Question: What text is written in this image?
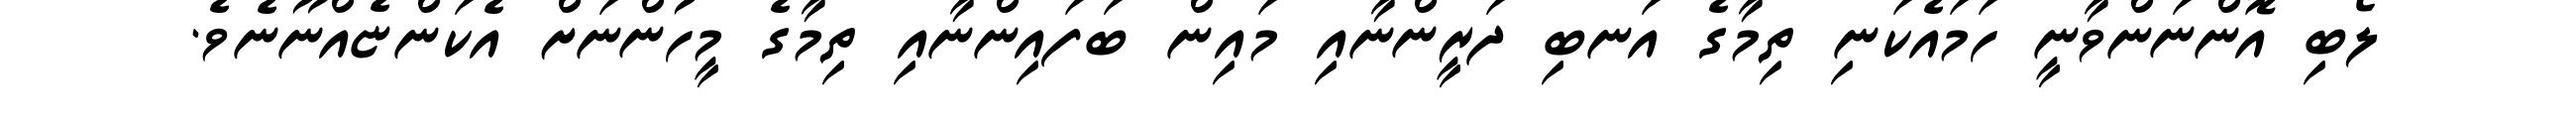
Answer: ލޯބި އޮންނަންވާނީ ހަމައެކަނި ތިމާގެ އަނބި ދަރީންނާއި މައިން ބަފައިންނާއި ތިމާގެ މީހުންނަށް އެކަންޏެއްނޫނެވެ.